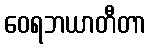
ဝေရဘယာတီတာ